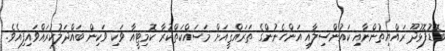
ބޮޑުފޮޅުދޫ ރައްޔިތުންނާއި ކައުންސިލާއި އަންހެނުންގެ ތަރައްޤީއަށް މަސައްކަތްކުރާ ކޮމިޓީއާ ވަކި ވަކިން ބައްދަލުކުރައްވައިފިއެވެ.